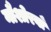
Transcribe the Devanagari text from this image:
नौशोरवाँ